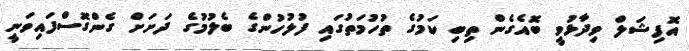
އޮފިޝަލް ވިދާޅުވީ ބޮއެެގެން ތިބި ކަމުގެ ތުހުމަތުގައި ފުލުހުންގެ ބެލުމުގެ ދަށަށް ގެންގޮސްފައިވަނީ